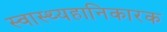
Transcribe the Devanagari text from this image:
स्वास्थ्यहानिकारक